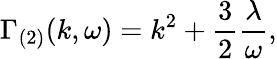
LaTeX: \Gamma_{(2)}(k,\omega)=k^{2}+\frac{3}{2}\frac{\lambda}{\omega},